Subject: math
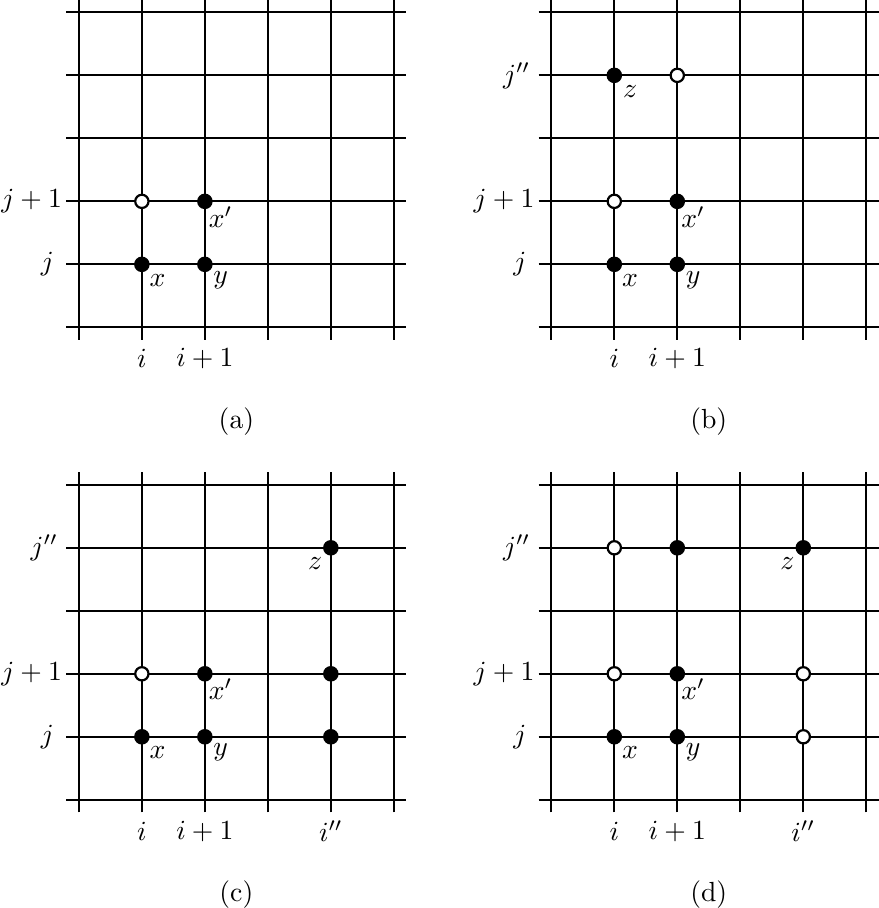
LaTeX code:
\begin{tikzpicture}[scale=0.4,style=thick,x=1cm,y=1cm]
\def\vr{6pt}

\begin{scope} % 1
\coordinate(x) at (2,2);
\coordinate(y) at (4,2);
\coordinate(x') at (4,4);
\coordinate(a) at (2,4);
\draw (0,-0.4) -- (0,10.4);
\draw (2,-0.4) -- (2,10.4);
\draw (4,-0.4) -- (4,10.4);
\draw (6,-0.4) -- (6,10.4);
\draw (8,-0.4) -- (8,10.4);
\draw (10,-0.4) -- (10,10.4);
\draw (-0.4,0) -- (10.4,0);
\draw (-0.4,2) -- (10.4,2);
\draw (-0.4,4) -- (10.4,4);
\draw (-0.4,6) -- (10.4,6);
\draw (-0.4,8) -- (10.4,8);
\draw (-0.4,10) -- (10.4,10);
\draw(x)[fill=black] circle(\vr);
\draw(y)[fill=black] circle(\vr);
\draw(x')[fill=black] circle(\vr);
\draw(a)[fill=white] circle(\vr);
\node at (5,-3) {(a)};
\node at (2,-1) {$i$};
\node at (4,-1) {$i+1$};
\node at (-1,2) {$j$};
\node at (-1.5,4) {$j+1$};
\node at (2.5,1.5) {$x$};
\node at (4.5,1.5) {$y$};
\node at (4.5,3.5) {$x'$};
\end{scope}

\begin{scope}[xshift=15cm, yshift=0cm] % (b)
\coordinate(x) at (2,2);
\coordinate(y) at (4,2);
\coordinate(x') at (4,4);
\coordinate(a) at (2,4);
\coordinate(z) at (2,8);
\coordinate(b) at (4,8);
\draw (0,-0.4) -- (0,10.4);
\draw (2,-0.4) -- (2,10.4);
\draw (4,-0.4) -- (4,10.4);
\draw (6,-0.4) -- (6,10.4);
\draw (8,-0.4) -- (8,10.4);
\draw (10,-0.4) -- (10,10.4);
\draw (-0.4,0) -- (10.4,0);
\draw (-0.4,2) -- (10.4,2);
\draw (-0.4,4) -- (10.4,4);
\draw (-0.4,6) -- (10.4,6);
\draw (-0.4,8) -- (10.4,8);
\draw (-0.4,10) -- (10.4,10);
\draw(x)[fill=black] circle(\vr);
\draw(y)[fill=black] circle(\vr);
\draw(x')[fill=black] circle(\vr);
\draw(a)[fill=white] circle(\vr);
\draw(z)[fill=black] circle(\vr);
\draw(b)[fill=white] circle(\vr);
\node at (5,-3) {(b)};
\node at (2,-1) {$i$};
\node at (4,-1) {$i+1$};
\node at (-1,2) {$j$};
\node at (-1.5,4) {$j+1$};
\node at (-1.1,8) {$j''$};
\node at (2.5,1.5) {$x$};
\node at (4.5,1.5) {$y$};
\node at (2.5,7.5) {$z$};
\node at (4.5,3.5) {$x'$};
\end{scope}

\begin{scope}[xshift=0cm, yshift=-15cm] % (c)
\coordinate(x) at (2,2);
\coordinate(y) at (4,2);
\coordinate(x') at (4,4);
\coordinate(a) at (2,4);
\coordinate(z) at (8,8);
\coordinate(c) at (8,4);
\coordinate(d) at (8,2);
\draw (0,-0.4) -- (0,10.4);
\draw (2,-0.4) -- (2,10.4);
\draw (4,-0.4) -- (4,10.4);
\draw (6,-0.4) -- (6,10.4);
\draw (8,-0.4) -- (8,10.4);
\draw (10,-0.4) -- (10,10.4);
\draw (-0.4,0) -- (10.4,0);
\draw (-0.4,2) -- (10.4,2);
\draw (-0.4,4) -- (10.4,4);
\draw (-0.4,6) -- (10.4,6);
\draw (-0.4,8) -- (10.4,8);
\draw (-0.4,10) -- (10.4,10);
\draw(x)[fill=black] circle(\vr);
\draw(y)[fill=black] circle(\vr);
\draw(x')[fill=black] circle(\vr);
\draw(z)[fill=black] circle(\vr);
\draw(c)[fill=black] circle(\vr);
\draw(d)[fill=black] circle(\vr);
\draw(a)[fill=white] circle(\vr);
\node at (5,-3) {(c)};
\node at (2,-1) {$i$};
\node at (4,-1) {$i+1$};
\node at (8,-1) {$i''$};
\node at (-1,2) {$j$};
\node at (-1.5,4) {$j+1$};
\node at (-1.1,8) {$j''$};
\node at (2.5,1.5) {$x$};
\node at (4.5,1.5) {$y$};
\node at (4.5,3.5) {$x'$};
\node at (7.5,7.5) {$z$};
\end{scope}

\begin{scope}[xshift=15cm, yshift=-15cm] % (d)
\coordinate(x) at (2,2);
\coordinate(y) at (4,2);
\coordinate(x') at (4,4);
\coordinate(a) at (2,4);
\coordinate(z) at (8,8);
\coordinate(c) at (8,4);
\coordinate(d) at (4,8);
\coordinate(e) at (2,8);
\coordinate(f) at (8,2);
\draw (0,-0.4) -- (0,10.4);
\draw (2,-0.4) -- (2,10.4);
\draw (4,-0.4) -- (4,10.4);
\draw (6,-0.4) -- (6,10.4);
\draw (8,-0.4) -- (8,10.4);
\draw (10,-0.4) -- (10,10.4);
\draw (-0.4,0) -- (10.4,0);
\draw (-0.4,2) -- (10.4,2);
\draw (-0.4,4) -- (10.4,4);
\draw (-0.4,6) -- (10.4,6);
\draw (-0.4,8) -- (10.4,8);
\draw (-0.4,10) -- (10.4,10);
\draw(x)[fill=black] circle(\vr);
\draw(y)[fill=black] circle(\vr);
\draw(x')[fill=black] circle(\vr);
\draw(z)[fill=black] circle(\vr);
\draw(c)[fill=white] circle(\vr);
\draw(d)[fill=black] circle(\vr);
\draw(a)[fill=white] circle(\vr);
\draw(e)[fill=white] circle(\vr);
\draw(f)[fill=white] circle(\vr);
\node at (5,-3) {(d)};
\node at (2,-1) {$i$};
\node at (4,-1) {$i+1$};
\node at (8,-1) {$i''$};
\node at (-1,2) {$j$};
\node at (-1.5,4) {$j+1$};
\node at (-1.1,8) {$j''$};
\node at (2.5,1.5) {$x$};
\node at (4.5,1.5) {$y$};
\node at (4.5,3.5) {$x'$};
\node at (7.5,7.5) {$z$};
\end{scope}
\end{tikzpicture}